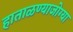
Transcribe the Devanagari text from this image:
हाताळण्याजोग्या